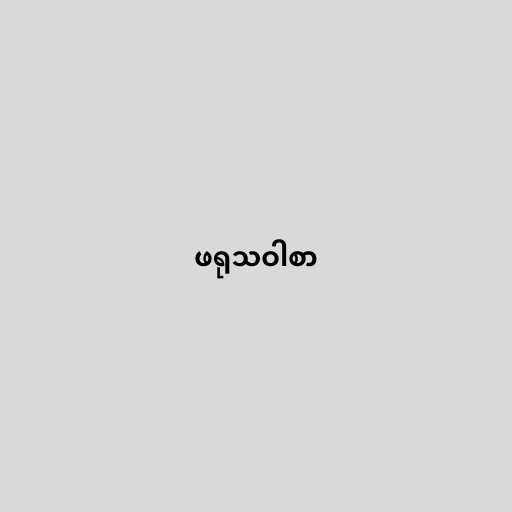
ဖရုသဝါစာ